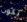
تكون